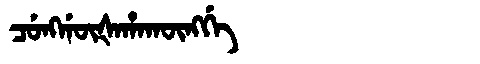
Manchu: ᠴᡠᠩᡤᡡᡧᠠᡥᠠᡴᡡᠩᡤᡝ
Romanization: CUNGGŪŠAHAKŪNGGE